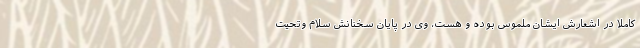
کاملا در اشعارش ایشان ملموس بوده و هست، وی در پایان سخنانش سلام وتحیت